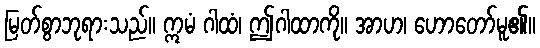
မြတ်စွာဘုရားသည်။ ဣမံ ဂါထံ၊ ဤဂါထာကို။ အာဟ၊ ဟောတော်မူ၏။